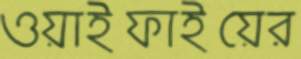
ওয়াইফাইয়ের